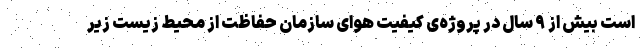
است بیش از ۹ سال در پروژه‌ی کیفیت هوای سازمان حفاظت از محیط زیست زیر